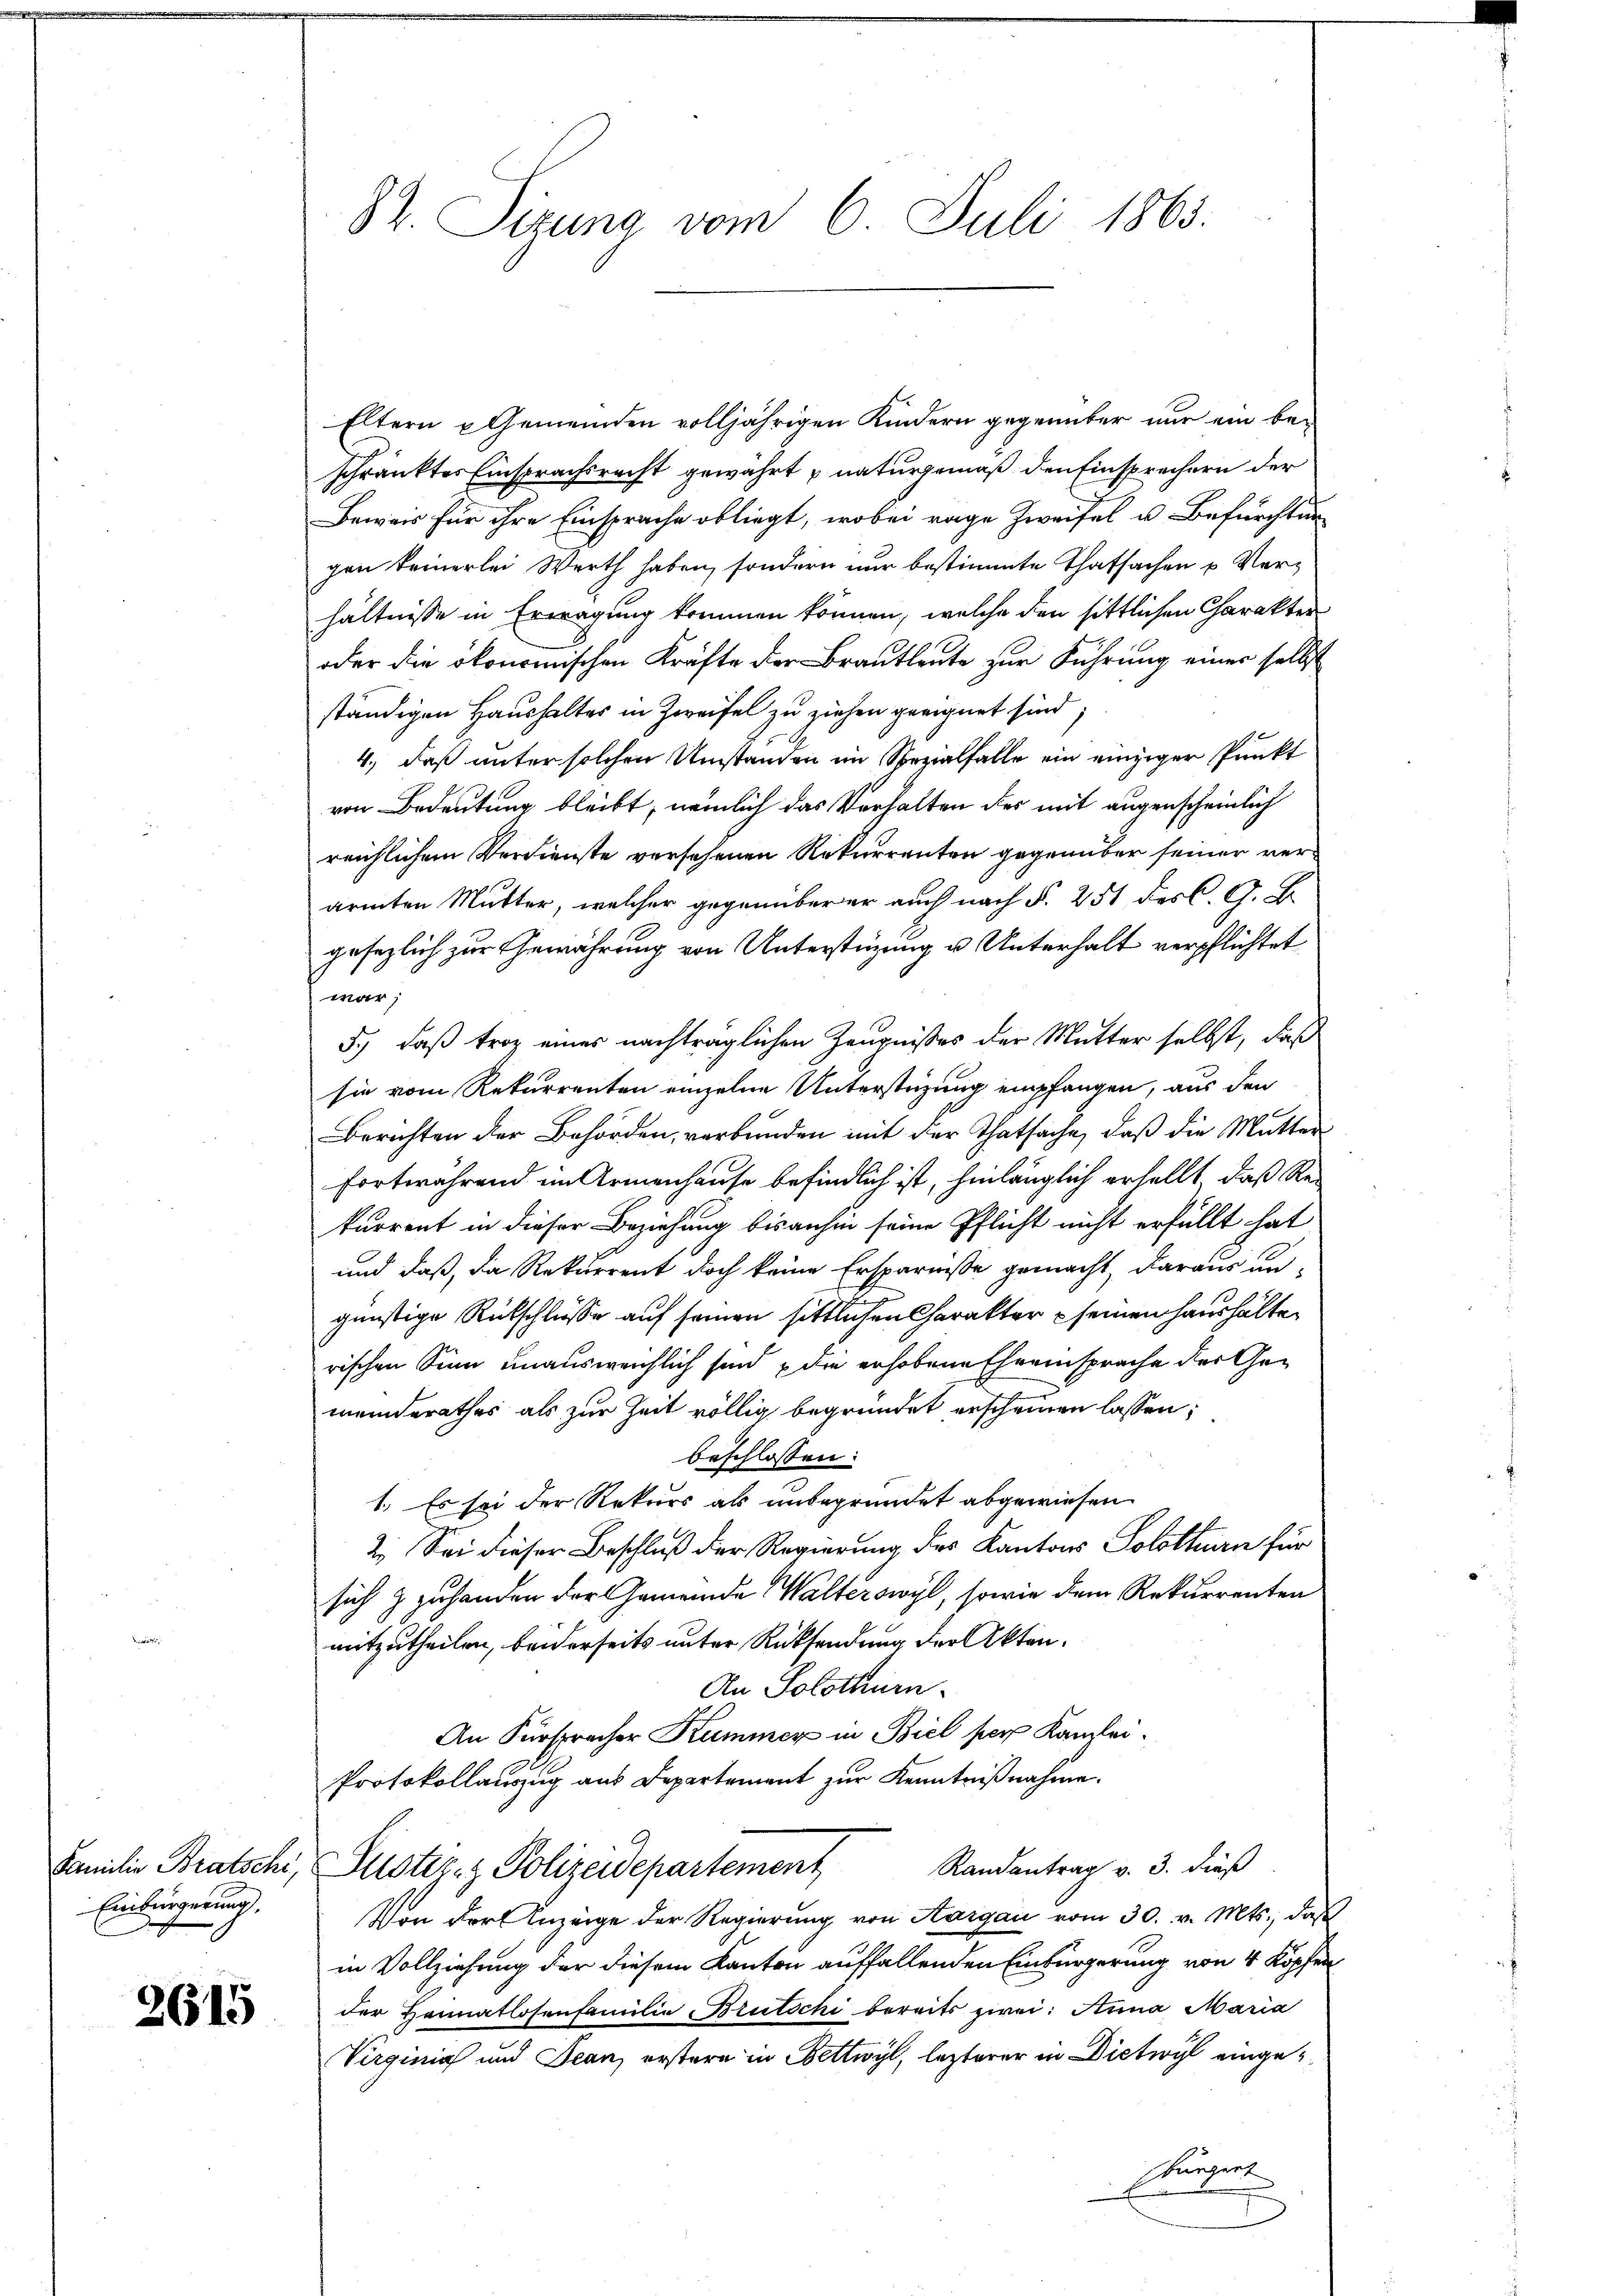
Einbürgerung,

2615

Eltern Gemeinden volljährigen Kindern gegenüber nur ein beschränktes Einsprachsrecht gewährt naturgemäß den Einsprechern der
Beweis für ihre Einsprache obliegt, wobei rage Zweifel u. Befürchtung
gen keinerlei Werth haben, sondern nur bestimmte Thatsachen u Verhältnisse in Erwägung kommen können, welche den sittlichen Charakter
oder die ökonomischen Kräfte der Brautleute zur Führung einer selbst
ständigen Haushalter in Zweifel zu ziehen geeignet sind;
4., daß unter solchen Umständen im Spezialfalle ein einziger Punkt
von Bedeutung bleibt, nämlich das Verhalten des mit augenscheinlich
reichlichem Verdienste versehenen Rekurrenten gegenüber seiner verärmten Mutter, welcher gegenüber er auch nach §. 251 des C. G. B.
gesezlich zur Gewährung von Unterstüzung u. Unterhalt verpflichtet
war;
5.) Daß troz eines nachträglichen Zeugnisses der Mutter selbst, daß
sie vom Rekurrenten einzelne Unterstüzung empfangen, aus den
Berichten der Behörden, verbunden mit der Thatsache, daß die Mutter
fortwährend im Armenhause befindlich ist, hinlänglich erhellt, daß Rekurrent in dieser Beziehung bisanhin seine Pflicht nicht erfüllt hat
und daß, da Rekurrent doch keine Ersparnisse gemacht, daraus un-
günstige Rückschlüsse auf seinen sittlichen Charakter seinem Haushalten
rischen Sinn unausweichlich sind die erhobene Eheeinsprache der Gemeinderathes als zur Zeit völlig begründet erscheinen lassen;
beschlossen:
1. Es sei der Rekurs als unbegründet abgewiesen
2. Sei dieser Beschluß der Regierung des Kantons Solothurn für
sich & zuhanden der Gemeinde Walterswyl, sowie dem Rekurrenten
mitzutheilen, beiderseits unter Rücksendung der Akten.
An Solothurn.
An Fürspracher Kummer in Biel per Kanzlei¬
Protokollauszug aus Departement zur Kenntnißnahme.
Familie Bratschi, Justiz- & Polizeidepartement Randantrag v. 3. dieß
Von der Anzeige der Regierung von Aargau vom 30. v. Mts., daß
in Vollziehung der diesem Kanton auffallenden Einbürgerung von 4 Köpfen
der Heimatlosenfamilie Brutschi bereits zwei: Anna Maria
Virginia und Jean, erstern in Bettwyl, lezterer in Dietwyl eingesbürgert

82. Sizung vom 6. Juli 1865.